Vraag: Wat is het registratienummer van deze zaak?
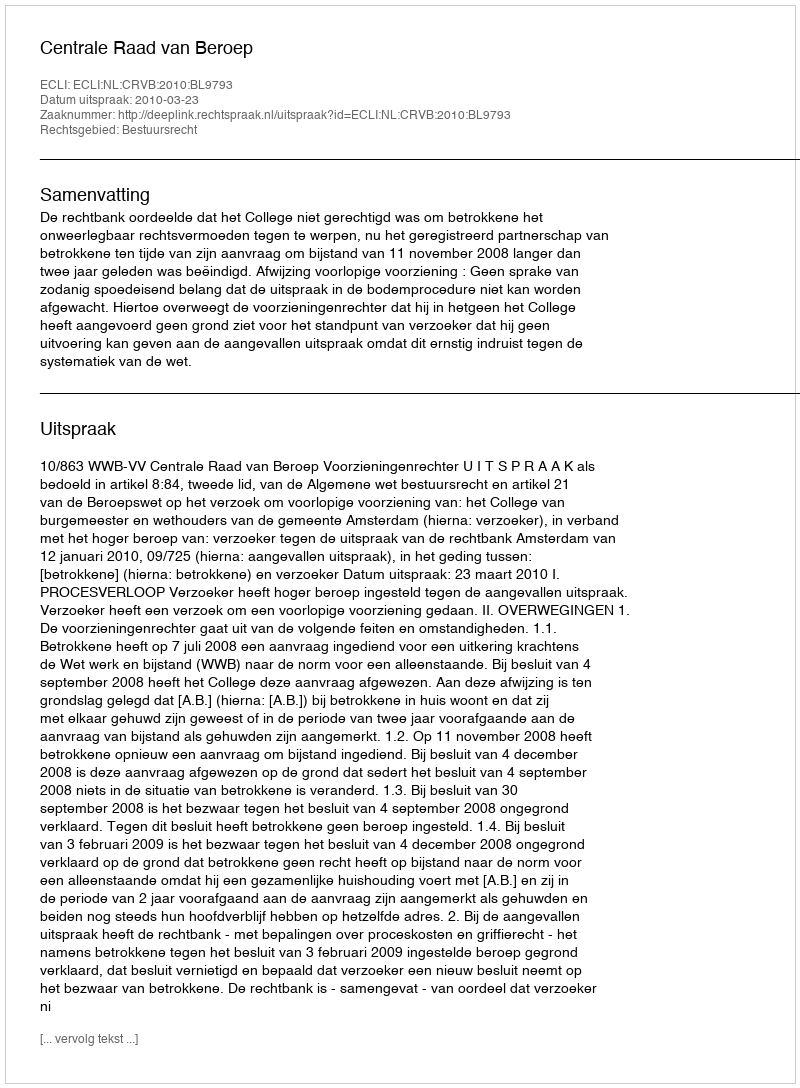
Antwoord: http://deeplink.rechtspraak.nl/uitspraak?id=ECLI:NL:CRVB:2010:BL9793